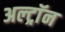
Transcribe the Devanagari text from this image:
अल्ट्राॅन